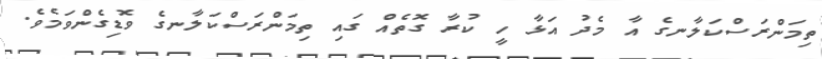
ތިމަންރަސްކަލާނގެ އާ މެދު އަޅާ ހީ ކުރާ ގޮތެއް ގައި ތިމަންރަސްކަލާނގެ ވޮޑިގެންވަމެވެ.